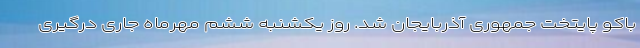
باکو پایتخت جمهوری آذربایجان شد. روز یکشنبه ششم مهرماه جاری درگیری